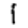
Digit: 1